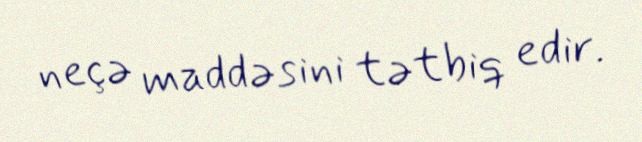
neçə maddəsini tətbiq edir.